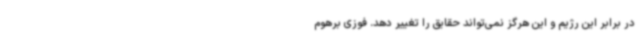
در برابر این رژیم و این هرگز نمی‌تواند حقایق را تغییر دهد. فوزی برهوم